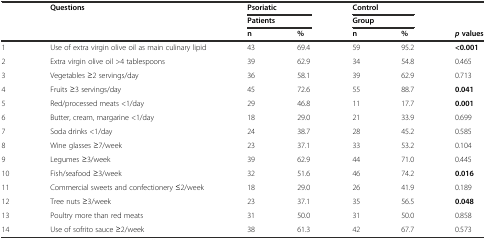
<table><thead><tr><td rowspan="2"></td><td rowspan="2"><b>Questions</b></td><td colspan="2"><b>Psoriatic</b></td><td colspan="2"><b>Control</b></td><td rowspan="2"></td></tr><tr><td colspan="2"><b>Patients</b></td><td colspan="2"><b>Group</b></td></tr><tr><td></td><td></td><td><b>n</b></td><td><b>%</b></td><td><b>n</b></td><td><b>%</b></td><td><b><i>p</i>values</b></td></tr></thead><tbody><tr><td>1</td><td>Use of extra virgin olive oil as main culinary lipid</td><td>43</td><td>69.4</td><td>59</td><td>95.2</td><td><b>&lt;0.001</b></td></tr><tr><td>2</td><td>Extra virgin olive oil &gt;4 tablespoons</td><td>39</td><td>62.9</td><td>34</td><td>54.8</td><td>0.465</td></tr><tr><td>3</td><td>Vegetables ≥2 servings/day</td><td>36</td><td>58.1</td><td>39</td><td>62.9</td><td>0.713</td></tr><tr><td>4</td><td>Fruits ≥3 servings/day</td><td>45</td><td>72.6</td><td>55</td><td>88.7</td><td><b>0.041</b></td></tr><tr><td>5</td><td>Red/processed meats &lt;1/day</td><td>29</td><td>46.8</td><td>11</td><td>17.7</td><td><b>0.001</b></td></tr><tr><td>6</td><td>Butter, cream, margarine &lt;1/day</td><td>18</td><td>29.0</td><td>21</td><td>33.9</td><td>0.699</td></tr><tr><td>7</td><td>Soda drinks &lt;1/day</td><td>24</td><td>38.7</td><td>28</td><td>45.2</td><td>0.585</td></tr><tr><td>8</td><td>Wine glasses ≥7/week</td><td>23</td><td>37.1</td><td>33</td><td>53.2</td><td>0.104</td></tr><tr><td>9</td><td>Legumes ≥3/week</td><td>39</td><td>62.9</td><td>44</td><td>71.0</td><td>0.445</td></tr><tr><td>10</td><td>Fish/seafood ≥3/week</td><td>32</td><td>51.6</td><td>46</td><td>74.2</td><td><b>0.016</b></td></tr><tr><td>11</td><td>Commercial sweets and confectionery ≤2/week</td><td>18</td><td>29.0</td><td>26</td><td>41.9</td><td>0.189</td></tr><tr><td>12</td><td>Tree nuts ≥3/week</td><td>23</td><td>37.1</td><td>35</td><td>56.5</td><td><b>0.048</b></td></tr><tr><td>13</td><td>Poultry more than red meats</td><td>31</td><td>50.0</td><td>31</td><td>50.0</td><td>0.858</td></tr><tr><td>14</td><td>Use of sofrito sauce ≥2/week</td><td>38</td><td>61.3</td><td>42</td><td>67.7</td><td>0.573</td></tr></tbody></table>